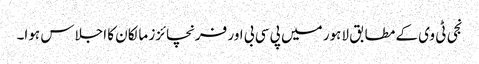
نجی ٹی وی کے مطابق لاہور میں پی سی بی اور فرنچائزز مالکان کا اجلاس ہوا۔